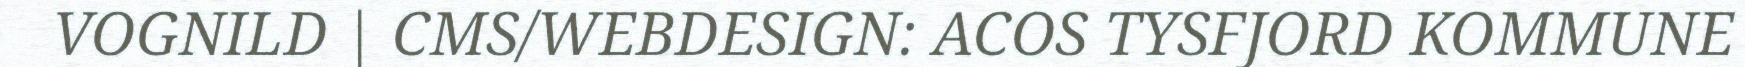
VOGNILD | CMS/WEBDESIGN: ACOS TYSFJORD KOMMUNE